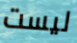
ليست